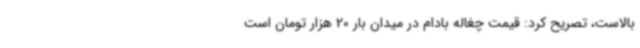
بالاست، تصریح کرد: قیمت چغاله بادام در میدان بار 20 هزار تومان است